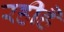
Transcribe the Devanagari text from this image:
रहीहै